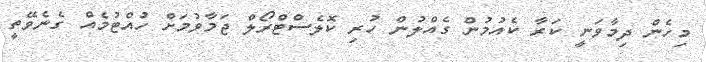
މިހެން ދިމާވަނީ ކަރާ ކެއުމުން ގެއްލުން ހުރި ކޮލެސްޓްރޯލް ޖަމާވުމަށް ހުއްޓުމެއް ގެނެވޭތީ